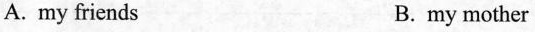
A.my friends B.my mother